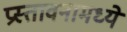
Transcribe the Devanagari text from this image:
प्रस्तावनामध्ये